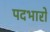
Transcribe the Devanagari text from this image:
पदभारों